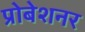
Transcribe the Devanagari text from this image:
प्रोबेशनर